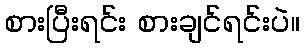
စားပြီးရင်း စားချင်ရင်းပဲ။